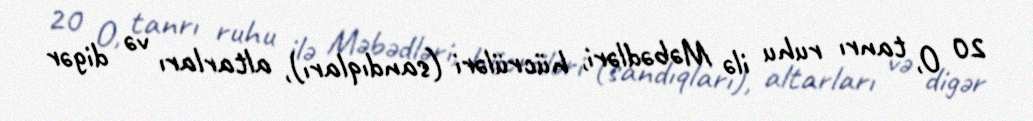
20 O, tanrı ruhu ilə Məbədləri, hücrüləri (sandıqları), altarları və digər